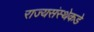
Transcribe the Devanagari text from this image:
राज्यसंस्थेकडे